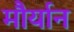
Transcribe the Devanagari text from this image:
मौर्यान